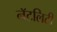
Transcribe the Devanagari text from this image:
नॅटलिटी